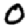
Digit: 0